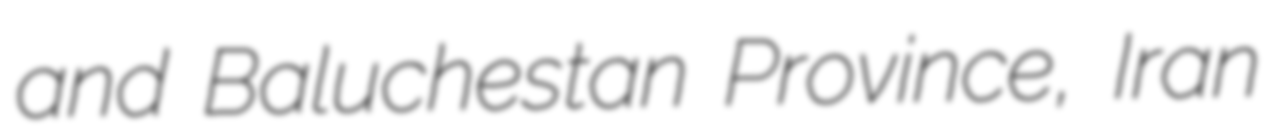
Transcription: and Baluchestan Province, Iran